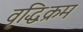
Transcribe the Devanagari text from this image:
वृद्धिक्रम